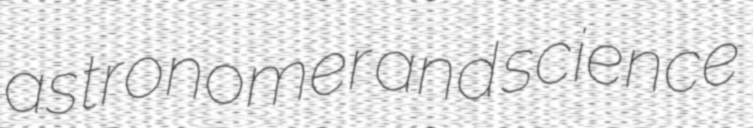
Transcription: astronomer and science